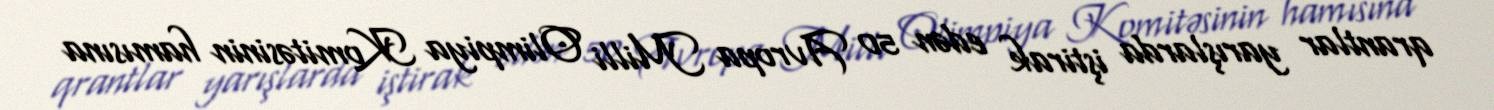
qrantlar yarışlarda iştirak edən 50 Avropa Milli Olimpiya Komitəsinin hamısına